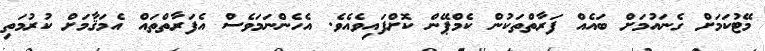
މޭޓުކަމަށް ގެނައުމަށް ބައެއް ފަރާތްތަކުން ކެމްޕޭން ކޮށްފައިވެއެވެ. އެހެންނަމަވެސް އެފަރާތްތައް އެމަޤާމަށް ކުރުމަތި